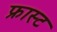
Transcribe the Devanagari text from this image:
फ्रास्ट